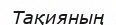
Тақияның